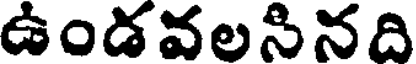
ఉండవలసినది